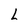
Character: L